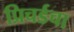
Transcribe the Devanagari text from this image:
प्रिचर्डचा